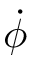
\dot { \phi }